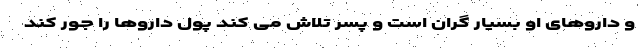
و داروهای او بسیار گران است و پسر تلاش می کند پول داروها را جور کند